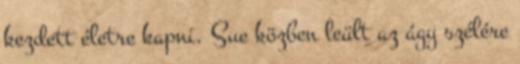
kezdett életre kapni. Sue közben leült az ágy szélére